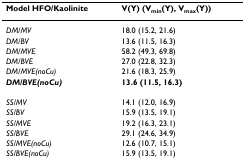
<table><thead><tr><td><b>Model HFO/Kaolinite</b></td><td><b>V(Y) (V<sub>min</sub>(Y), V<sub>max</sub>(Y))</b></td></tr></thead><tbody><tr><td><i>DM/MV</i></td><td>18.0 (15.2, 21.6)</td></tr><tr><td><i>DM/BV</i></td><td>13.6 (11.5, 16.3)</td></tr><tr><td><i>DM/MVE</i></td><td>58.2 (49.3, 69.8)</td></tr><tr><td><i>DM/BVE</i></td><td>27.0 (22.8, 32.3)</td></tr><tr><td><i>DM/MVE(noCu)</i></td><td>21.6 (18.3, 25.9)</td></tr><tr><td><b><i>DM/BVE(noCu)</i></b></td><td><b>13.6 (11.5, 16.3)</b></td></tr><tr><td><i>SS/MV</i></td><td>14.1 (12.0, 16.9)</td></tr><tr><td><i>SS/BV</i></td><td>15.9 (13.5, 19.1)</td></tr><tr><td><i>SS/MVE</i></td><td>19.2 (16.3, 23.1)</td></tr><tr><td><i>SS/BVE</i></td><td>29.1 (24.6, 34.9)</td></tr><tr><td><i>SS/MVE(noCu)</i></td><td>12.6 (10.7, 15.1)</td></tr><tr><td><i>SS/BVE(noCu)</i></td><td>15.9 (13.5, 19.1)</td></tr></tbody></table>